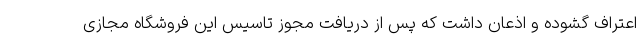
اعتراف گشوده و اذعان داشت که پس از دریافت مجوز تاسیس این فروشگاه مجازی